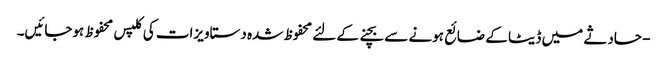
- حادثے میں ڈیٹا کے ضائع ہونے سے بچنے کے لئے محفوظ شدہ دستاویزات کی کلپس محفوظ ہوجائیں۔